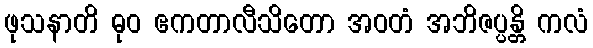
ဖုသနာတိ ဓုဝ ဧကတာလီသိတော အဝတံ အဘိဇပ္ပန္တိ ကလံ